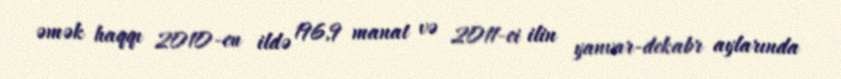
əmək haqqı 2010-cu ildə 196,9 manat və 2011-ci ilin yanvar-dekabr aylarında